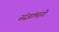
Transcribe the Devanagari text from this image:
संज्ञांमागे